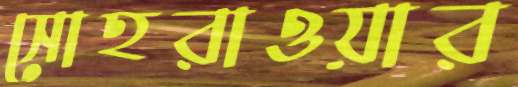
সোহরাওয়ার